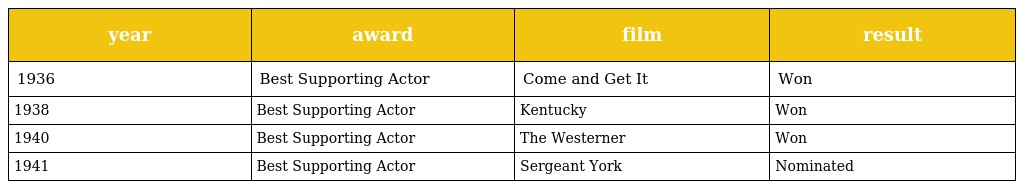
| year | award | film | result |
 | --- | --- | --- | --- |
 | 1936 | Best Supporting Actor | Come and Get It | Won |
 | 1938 | Best Supporting Actor | Kentucky | Won |
 | 1940 | Best Supporting Actor | The Westerner | Won |
 | 1941 | Best Supporting Actor | Sergeant York | Nominated |